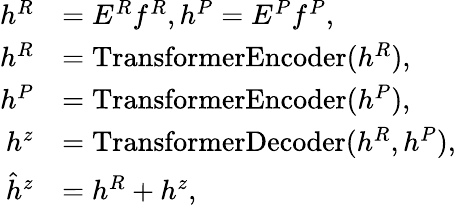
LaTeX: \begin{array}{rl}{h^{R}}&{=E^{R}f^{R},h^{P}=E^{P}f^{P},}\\ {h^{R}}&{=\mathrm{TransformerEncoder}(h^{R}),}\\ {h^{P}}&{=\mathrm{TransformerEncoder}(h^{P}),}\\ {h^{z}}&{=\mathrm{TransformerDecoder}(h^{R},h^{P}),}\\ {\hat{h}^{z}}&{=h^{R}+h^{z},}\end{array}